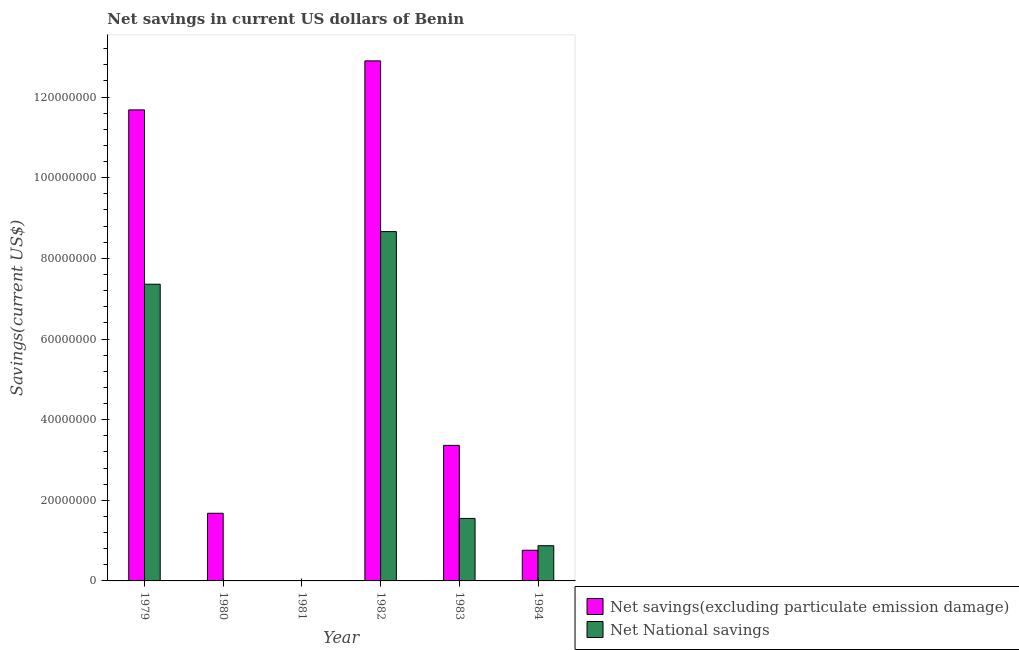
| Year | Net savings(excluding particulate emission damage) | Net National savings |
 | --- | --- | --- |
 | 1979 | 1.17e+08 | 7.36e+07 |
 | 1980 | 1.68e+07 | -3.29e+07 |
 | 1981 | -7.63e+07 | -1.21e+08 |
 | 1982 | 1.29e+08 | 8.66e+07 |
 | 1983 | 3.36e+07 | 1.55e+07 |
 | 1984 | 7.6e+06 | 8.73e+06 |